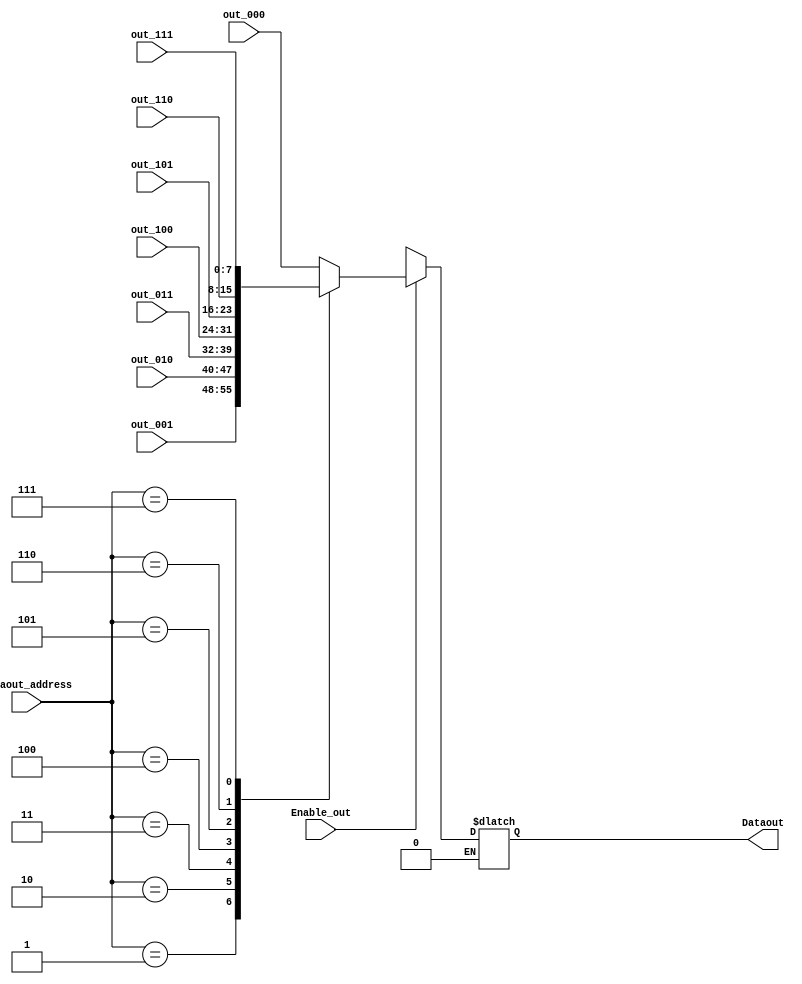

module Mul_Reg_Dataout(
	//inputs
	input [2:0]Dataout_address,
	input Enable_out,
	input [7:0]out_000,
	input [7:0]out_001,
	input [7:0]out_010,
	input [7:0]out_011,
	input [7:0]out_100,
	input [7:0]out_101,
	input [7:0]out_110,
	input [7:0]out_111,
	
	//outputs
	output [7:0] Dataout
    );
	 
	 //inside 
	 reg [7:0] temp_data;
	 assign Dataout = temp_data;
	  parameter
		reg1 = 3'b000,
		reg2 = 3'b001,
		reg3 = 3'b010,
		reg4 = 3'b011,
		reg5 = 3'b100,
		reg6 = 3'b101,
		reg7 = 3'b110,
		reg8 = 3'b111;
	 
	 always@(*)
		if(Enable_out == 1)
			case(Dataout_address)
				reg1: temp_data = out_000;
				reg2: temp_data = out_001;
				reg3: temp_data = out_010;
				reg4: temp_data = out_011;
				reg5: temp_data = out_100;
				reg6: temp_data = out_101;
				reg7: temp_data = out_110;
				reg8: temp_data = out_111;
				default: temp_data = 8'bzzzz_zzzz;
				
			endcase
		else if(!Enable_out)
			temp_data = 8'bzzzz_zzzz;

endmodule